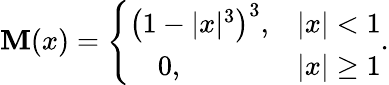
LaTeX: \mathbf{M}(x)=\left\{ \begin{array}{ll}{\left(1-|x|^{3}\right)^{3},}&{|x|<1}\\ {~~~~0,}&{|x|\ge 1}\end{array}\right..